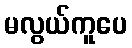
မလွယ်ကူပေ